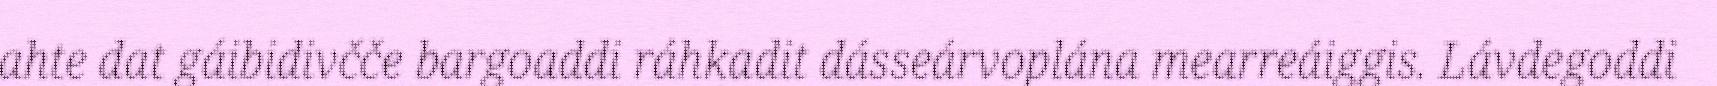
ahte dat gáibidivčče bargoaddi ráhkadit dásseárvoplána mearreáiggis. Lávdegoddi